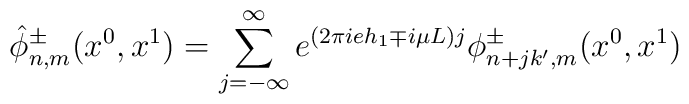
\hat\phi^\pm_{n,m} (x^0,x^1)=\sum_{j=-\infty}^{\infty}e^{(2\pi ieh_1\mp i\mu L)j}\phi^\pm_{n+jk',m}(x^0,x^1)